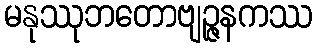
မနုဿုဘတောဗျဉ္ဇနကဿ